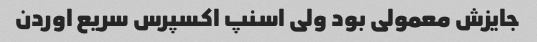
جایزش معمولی بود ولی اسنپ اکسپرس سریع اوردن